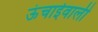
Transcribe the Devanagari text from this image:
ऊंचाईवाली